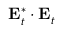
\mathbf { E } _ { t } ^ { * } \cdot \mathbf { E } _ { t }